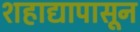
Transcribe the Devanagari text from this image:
शहाद्यापासून